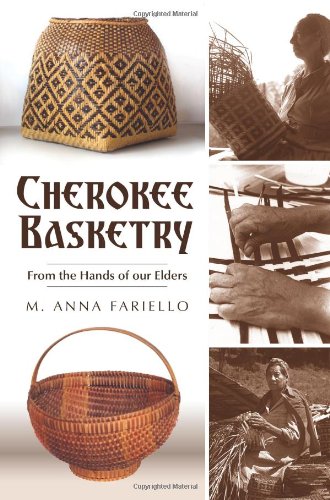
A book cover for Cherokee Basketry:: From the Hands of Our Elders (American Heritage); M. Anna Fariello; Crafts, Hobbies & Home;